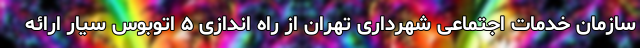
سازمان خدمات اجتماعی شهرداری تهران از راه اندازی ۵ اتوبوس سیار ارائه